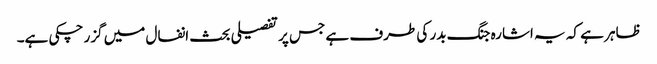
ظاہر ہے کہ یہ اشارہ جنگ بدر کی طرف ہے جس پر تفصیلی بحث انفال میں گزر چکی ہے۔